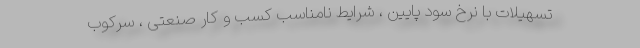
تسهیلات با نرخ سود پایین ، شرایط نامناسب کسب و کار صنعتی ، سرکوب